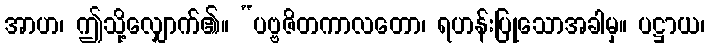
အာဟ၊ ဤသို့လျှောက်၏။ “ပဗ္ဗဇိတကာလတော၊ ရဟန်းပြုသောအခါမှ။ ပဋ္ဌာယ၊